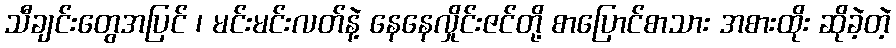
သီချင်းတွေအပြင် ၊ မင်းမင်းလတ်နဲ့ နေနေလှိုင်းဇင်တို့ စာပြောင်စာသား အစားထိုး ဆိုခဲ့တဲ့